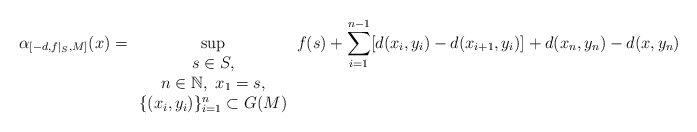
\begin{align*}\alpha_{[-d,f|_S,M]}(x)=\sup_{\begin{array}{c} s\in S,\\ n\in\mathbb{N},\ x_1=s,\\ \{(x_i,y_i)\}_{i=1}^n\subset G(M)\\ \end{array} }f(s)+\sum_{i=1}^{n-1}[ d(x_i,y_i)-d(x_{i+1},y_i)]+d( x_n,y_n)-d(x,y_n)\end{align*}